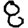
Digit: 8